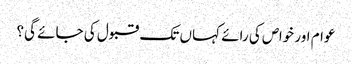
عوام اور خواص کی رائے کہاں تک قبول کی جائے گی؟